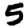
Digit: 5